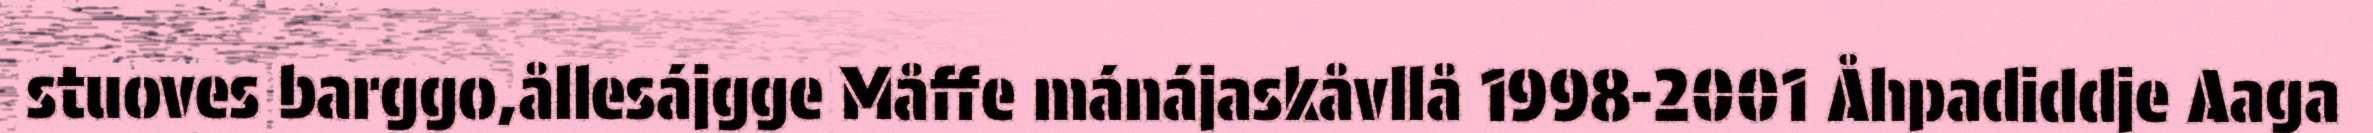
stuoves barggo,ållesájgge Måffe mánájaskåvllå 1998-2001 Åhpadiddje Aaga